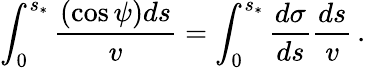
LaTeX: \int_{0}^{s_{*}}\frac{(\cos\psi)ds}{v}=\int_{0}^{s_{*}}\frac{d\sigma}{ds}\frac{ds}{v}\, .